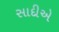
સાદીએ